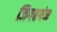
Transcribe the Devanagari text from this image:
जिगरगंज